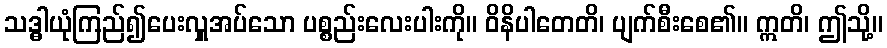
သဒ္ဓါယုံကြည်၍ပေးလှူအပ်သော ပစ္စည်းလေးပါးကို။ ဝိနိပါတေတိ၊ ပျက်စီးစေ၏။ ဣတိ၊ ဤသို့။